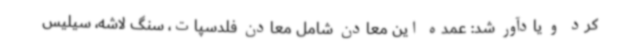
کرد و یادآور شد: عمده این معادن شامل معادن فلدسپات، سنگ لاشه، سیلیس